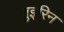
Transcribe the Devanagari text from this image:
गुइरिन